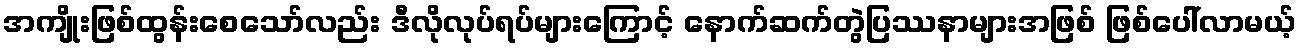
အကျိုးဖြစ်ထွန်းစေသော်လည်း ဒီလိုလုပ်ရပ်များကြောင့် နောက်ဆက်တွဲပြဿနာများအဖြစ် ဖြစ်ပေါ်လာမယ့်